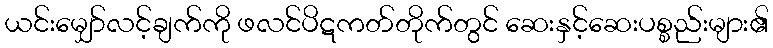
ယင်းမျှော်လင့်ချက်ကို ဖလင်ပိဋကတ်တိုက်တွင် ဆေးနှင့်ဆေးပစ္စည်းများ၏